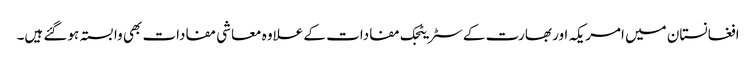
افغانستان میں امریکہ اور بھارت کے سٹریٹجک مفادات کے علاوہ معاشی مفادات بھی وابستہ ہوگئے ہیں۔